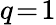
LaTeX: q\! =\! 1